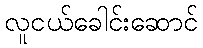
လူငယ်ခေါင်းဆောင်